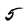
Character: 5